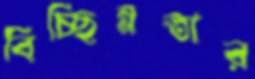
বিচ্ছিন্নতার